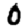
Digit: 0